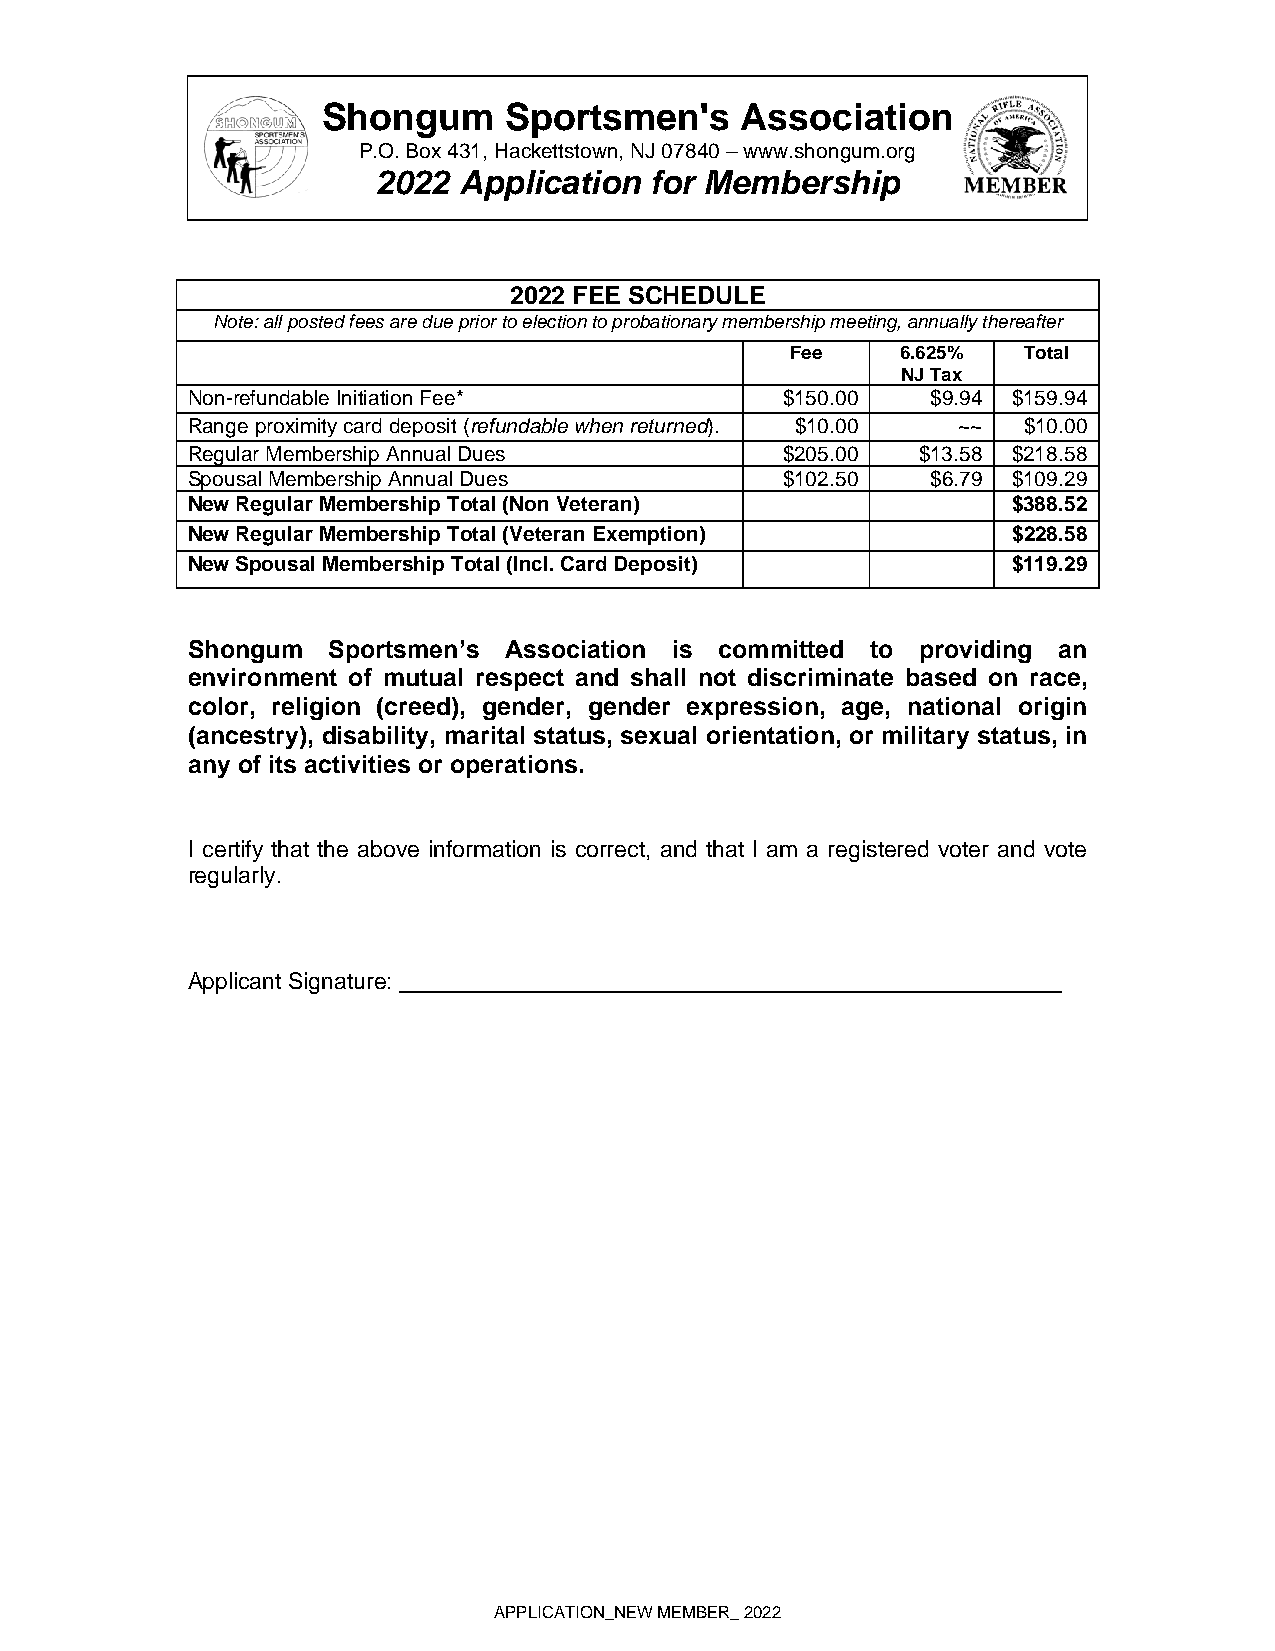
Shongum     Sportsmen's     Association
 P.O. Box 431, Hackettstown, NJ 07840 – www.shongum.org
 2022 Application  for Membership
 2022 FEE SCHEDULE
 Note: all posted fees are due prior to election to probationary membership meeting, annually thereafter
 Fee     6.625%  T o t a l
 NJ Tax
 Non-refundable Initiation Fee*          $150.00   $9.94 $159.94
 Range proximity card deposit (refundable when returned). $10.00 ~~ $10.00
 Regular Membership Annual Dues          $205.00  $13.58 $218.58
 Spousal Membership Annual Dues          $102.50   $6.79 $109.29
 New Regular Membership Total (Non Veteran)             $388.52
 New Regular Membership Total (Veteran Exemption)       $228.58
 New Spousal Membership Total (Incl. Card Deposit)      $119.29
 Shongum   Sportsmen’s Association is committed to providing an
 environment of mutual respect and shall not discriminate based on race,
 color, religion (creed), gender, gender expression, age, national origin
 (ancestry), disability, marital status, sexual orientation, or military status, in
 any of its activities or operations.
 I certify that the above information is correct, and that I am a registered voter and vote
 regularly.
 Applicant Signature: ____________________________________________________
 APPLICATION_NEW MEMBER_ 2022